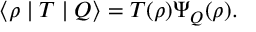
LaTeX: \langle \rho \mid T \mid Q \rangle = T ( \rho ) { \mit \Psi } _ { Q } ( \rho ) .